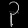
Digit: ၃